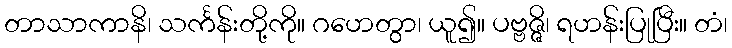
တာသာကာနိ၊ သင်္ကန်းတို့ကို။ ဂဟေတွာ၊ ယူ၍။ ပဗ္ဗဇ္ဇိ၊ ရဟန်းပြုပြီး။ တံ၊